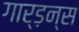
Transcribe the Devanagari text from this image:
गार्ड़न्स